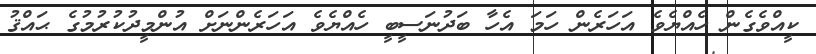
ކީއްވެގެން ހެއްޔެވެ އަހަރެން ހަމަ އެހާ ބަދުނަސީބީ ހެއްޔެވެ އަހަރެންނަށް އުންމީދުކުރުމުގެ ޙައްޤު